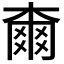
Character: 𣙡